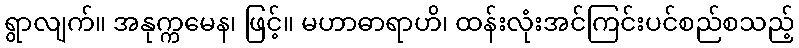
ရွာလျက်။ အနုက္ကမေန၊ ဖြင့်။ မဟာဓာရာဟိ၊ ထန်းလုံးအင်ကြင်းပင်စည်စသည့်